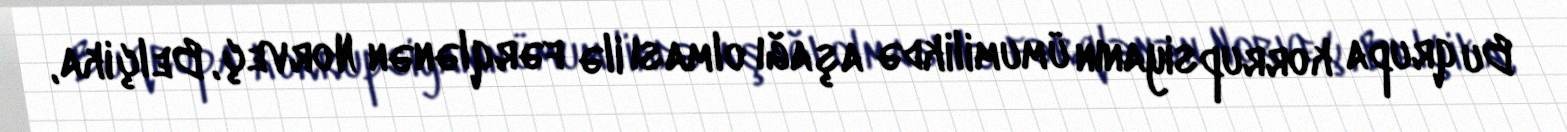
Bu qrupa korrupsiyanın ümumilikdə aşağı olması ilə fərqlənən Norveç, Belçika,